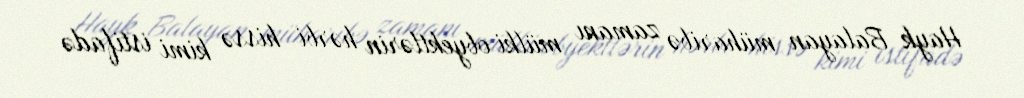
Hayk Balayan müharibə zamanı mülki obyektlərin hərbi hissə kimi istifadə